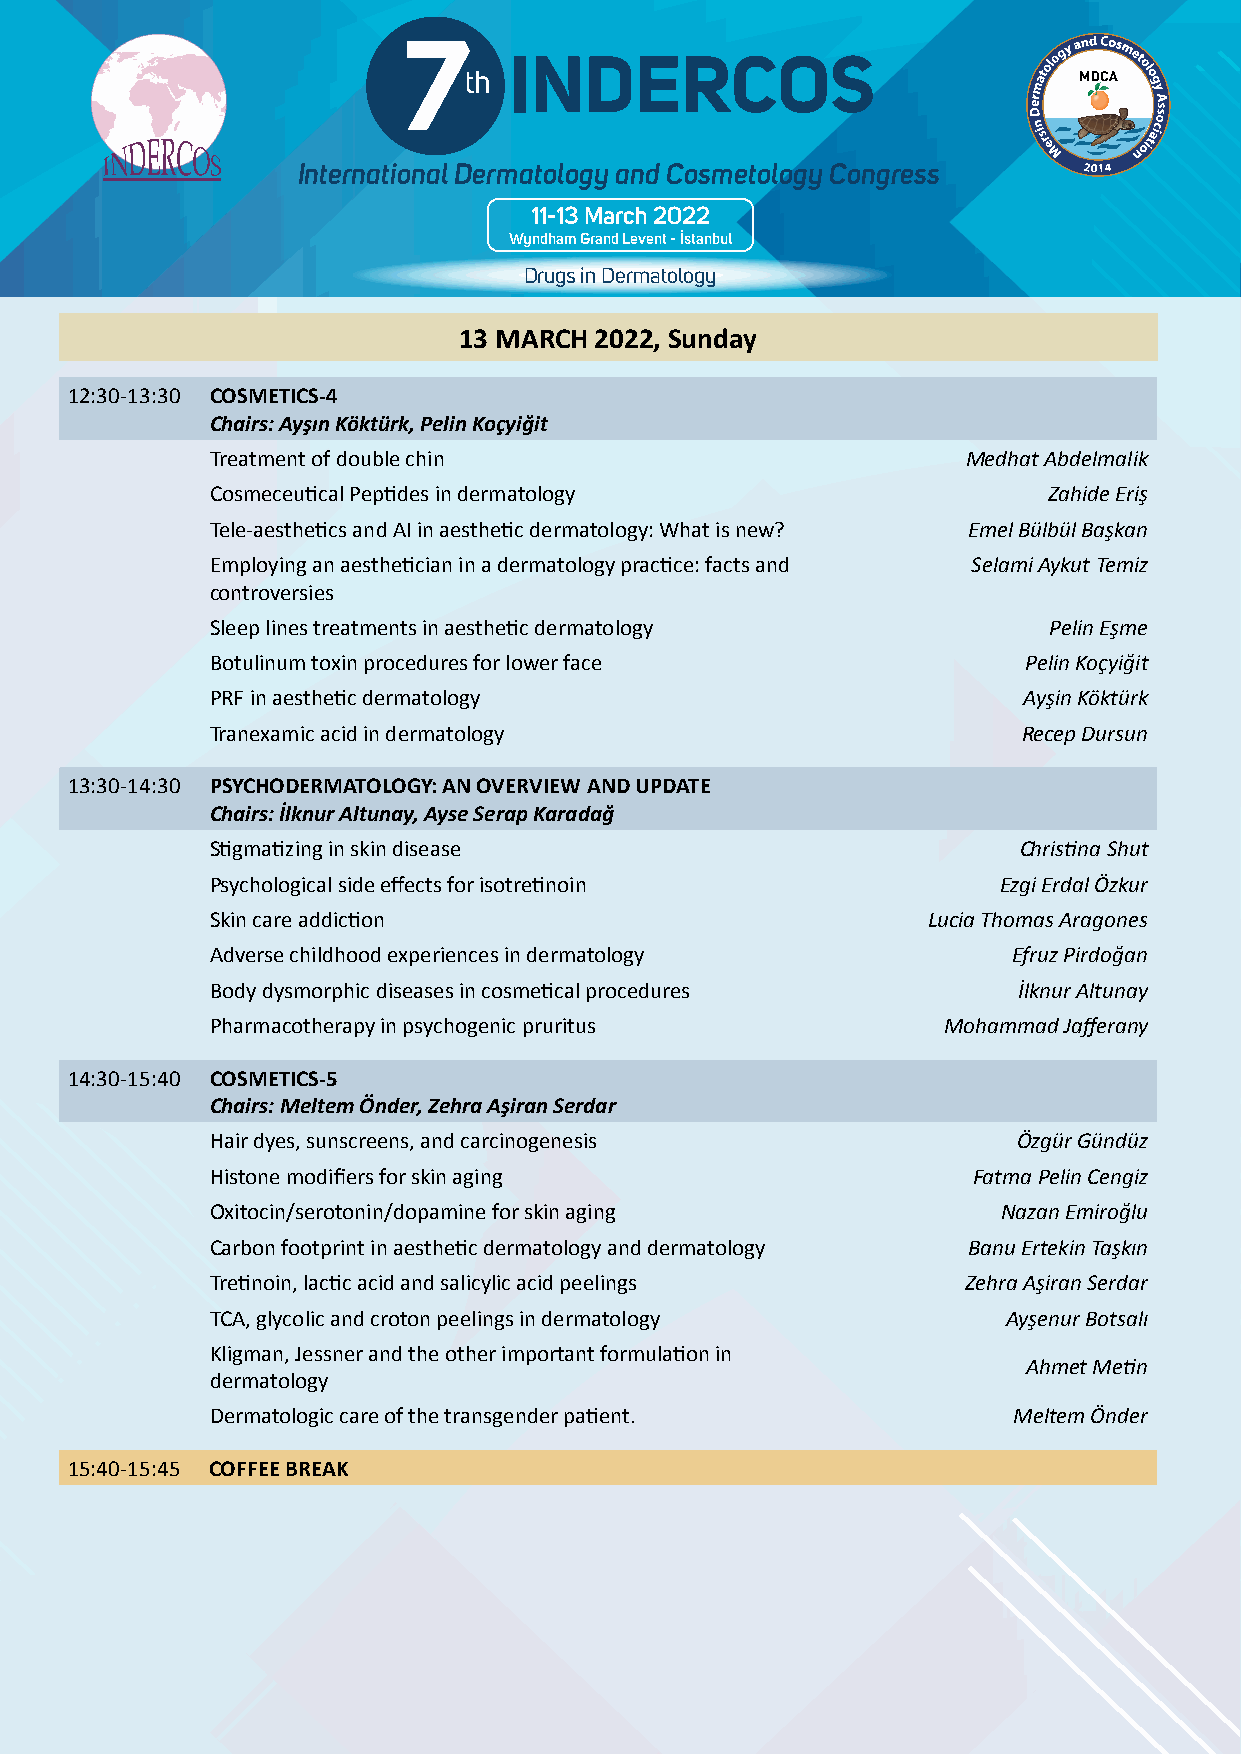
7                                                                                 7
 INDERCOS                                                                          INDERCOS
 th                                                                                th
 International Dermatology and Cosmetology Congress                                International Dermatology and Cosmetology Congress
 11-13 March 2022                                                                  11-13 March 2022
 Wyndham Grand Levent - İstanbul                                                   Wyndham Grand Levent - İstanbul
 Drugs in Dermatology                                                              Drugs in Dermatology
 13 MARCH 2022, Sunday
 12:30-13:30 COSMETICS-4
 Chairs: Ayşın Köktürk, Pelin Koçyiğit
 Treatment of double chin                          Medhat Abdelmalik
 Cosmeceutical Peptides in dermatology                  Zahide Eriş
 Tele-aesthetics and AI in aesthetic dermatology: What is new? Emel Bülbül Başkan
 Employing an aesthetician in a dermatology practice: facts and Selami Aykut Temiz
 controversies
 Sleep lines treatments in aesthetic dermatology        Pelin Eşme
 Botulinum toxin procedures for lower face             Pelin Koçyiğit
 PRF in aesthetic dermatology                          Ayşin Köktürk
 Tranexamic acid in dermatology                        Recep Dursun
 13:30-14:30 PSYCHODERMATOLOGY: AN OVERVIEW AND UPDATE
 Chairs: İlknur Altunay, Ayse Serap Karadağ
 Stigmatizing in skin disease                         Christina Shut
 Psychological side effects for isotretinoin         Ezgi Erdal Özkur
 Skin care addiction                            Lucia Thomas Aragones
 Adverse childhood experiences in dermatology         Efruz Pirdoğan
 Body dysmorphic diseases in cosmetical procedures    İlknur Altunay
 Pharmacotherapy in psychogenic pruritus         Mohammad Jafferany
 14:30-15:40 COSMETICS-5
 Chairs: Meltem Önder, Zehra Aşiran Serdar
 Hair dyes, sunscreens, and carcinogenesis            Özgür Gündüz
 Histone modifiers for skin aging                  Fatma Pelin Cengiz
 Oxitocin/serotonin/dopamine for skin aging          Nazan Emiroğlu
 Carbon footprint in aesthetic dermatology and dermatology Banu Ertekin Taşkın
 Tretinoin, lactic acid and salicylic acid peelings Zehra Aşiran Serdar
 TCA, glycolic and croton peelings in dermatology     Ayşenur Botsalı
 Kligman, Jessner and the other important formulation in
 Ahmet Metin
 dermatology
 Dermatologic care of the transgender patient.        Meltem Önder
 15:40-15:45 COFFEE BREAK